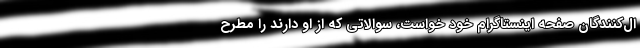
ال‌کنندگان صفحه اینستاگرام خود خواست، سوالاتی که از او دارند را مطرح